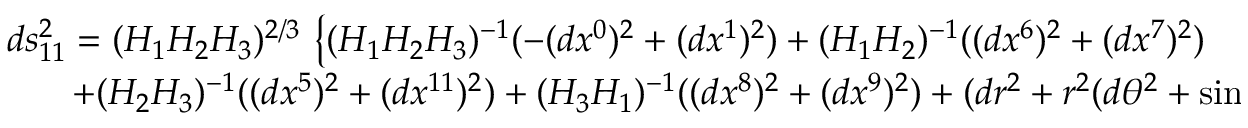
\begin{array} { l } { { d s _ { 1 1 } ^ { 2 } = ( H _ { 1 } H _ { 2 } H _ { 3 } ) ^ { 2 / 3 } \, \left\{ ( H _ { 1 } H _ { 2 } H _ { 3 } ) ^ { - 1 } ( - ( d x ^ { 0 } ) ^ { 2 } + ( d x ^ { 1 } ) ^ { 2 } ) + ( H _ { 1 } H _ { 2 } ) ^ { - 1 } ( ( d x ^ { 6 } ) ^ { 2 } + ( d x ^ { 7 } ) ^ { 2 } ) \right. } } \\ { { \left. ~ ~ ~ ~ ~ + ( H _ { 2 } H _ { 3 } ) ^ { - 1 } ( ( d x ^ { 5 } ) ^ { 2 } + ( d x ^ { 1 1 } ) ^ { 2 } ) + ( H _ { 3 } H _ { 1 } ) ^ { - 1 } ( ( d x ^ { 8 } ) ^ { 2 } + ( d x ^ { 9 } ) ^ { 2 } ) + ( d r ^ { 2 } + r ^ { 2 } ( d \theta ^ { 2 } + \sin ^ { 2 } \theta d \phi ^ { 2 } ) ) \right\} , } } \end{array}